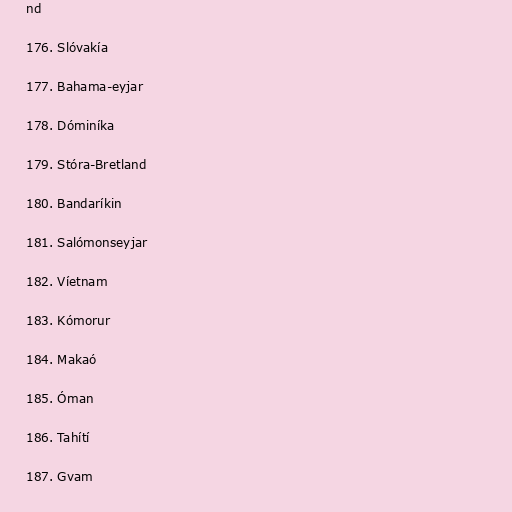
nd

176. Slóvakía

177. Bahama-eyjar

178. Dóminíka

179. Stóra-Bretland

180. Bandaríkin

181. Salómonseyjar

182. Víetnam

183. Kómorur

184. Makaó

185. Óman

186. Tahítí

187. Gvam